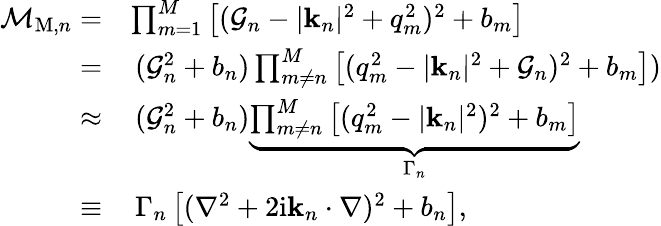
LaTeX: \begin{array}{rl}{\mathcal{M}_{\mathrm{M},n}=}&{\prod_{m=1}^{M}\left[(\mathcal{G}_{n}-|\mathbf{k}_{n}|^{2}+q_{m}^{2})^{2}+b_{m}\right]}\\ {=}&{\, (\mathcal{G}_{n}^{2}+b_{n})\prod_{m\neq n}^{M}\left[(q_{m}^{2}-|\mathbf{k}_{n}|^{2}+\mathcal{G}_{n})^{2}+b_{m}\right])}\\ {\approx}&{\, (\mathcal{G}_{n}^{2}+b_{n})\underbrace{\prod_{m\neq n}^{M}\left[(q_{m}^{2}-|\mathbf{k}_{n}|^{2})^{2}+b_{m}\right]}_{\Gamma_{n}}}\\ {\equiv}&{\, \Gamma_{n}\left[(\nabla^{2}+2\mathrm{i}\mathbf{k}_{n}\cdot\nabla)^{2}+b_{n}\right],}\end{array}